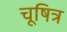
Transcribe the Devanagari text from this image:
चूषित्र